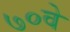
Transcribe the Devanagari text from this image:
७०वे